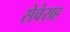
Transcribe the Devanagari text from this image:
सेवेसह